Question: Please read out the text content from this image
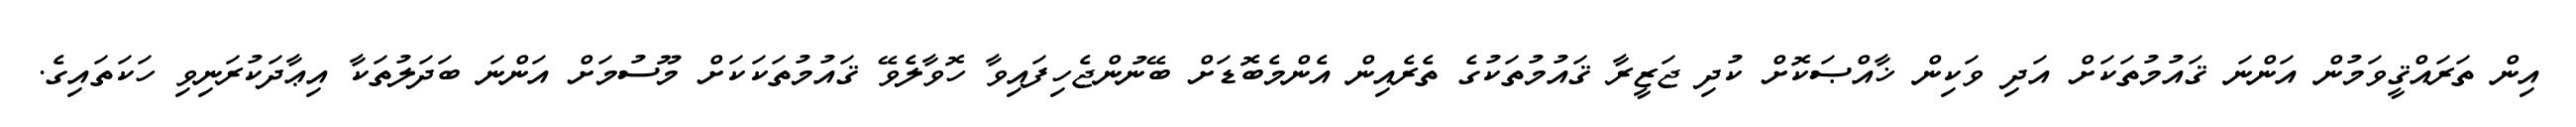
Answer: އިން ތަރައްޤީވަމުން އަންނަ ޤައުމުތަކަށް އަދި ވަކިން ޚާއްޞަކޮށް ކުދި ޖަޒީރާ ޤައުމުތަކުގެ ތެރެއިން އެންމެބޮޑަށް ބޭނުންޖެހިފައިވާ ހޮވާލެވޭ ޤައުމުތަކަކަށް މޫސުމަށް އަންނަ ބަދަލުތަކާ އިޢާދަކުރަނިވި ހަކަތައިގެ.